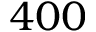
4 0 0